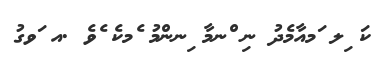
ކަ ިލ ަމއާމެދު ނި ްނމާ ިނންމު ެމކެ ެވެ .އ ަވގު